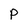
Character: P